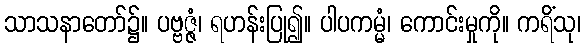
သာသနာတော်၌။ ပဗ္ဗဇ္ဇံ၊ ရဟန်းပြု၍။ ပါပကမ္မံ၊ ကောင်းမှုကို။ ကရိံသု၊